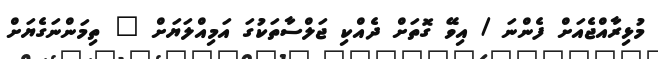
މުޅިރާއްޖެއަށް ފެންނަ / އިވޭ ގޮތަށް ދެއްކި ޖަލްސާތަކުގަ އަމިއްލަޔަށް " ތިމަންނަގެޔަށް